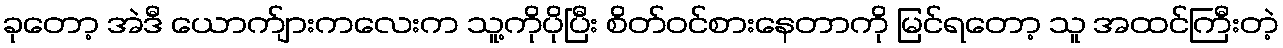
ခုတော့ အဲဒီ ယောက်ျားကလေးက သူ့ကိုပိုပြီး စိတ်ဝင်စားနေတာကို မြင်ရတော့ သူ အထင်ကြီးတဲ့